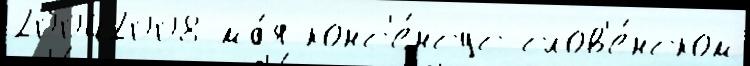
20042008 ма́я конс'е́нсус слов'е́нском